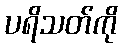
ပရိသတ်ကို